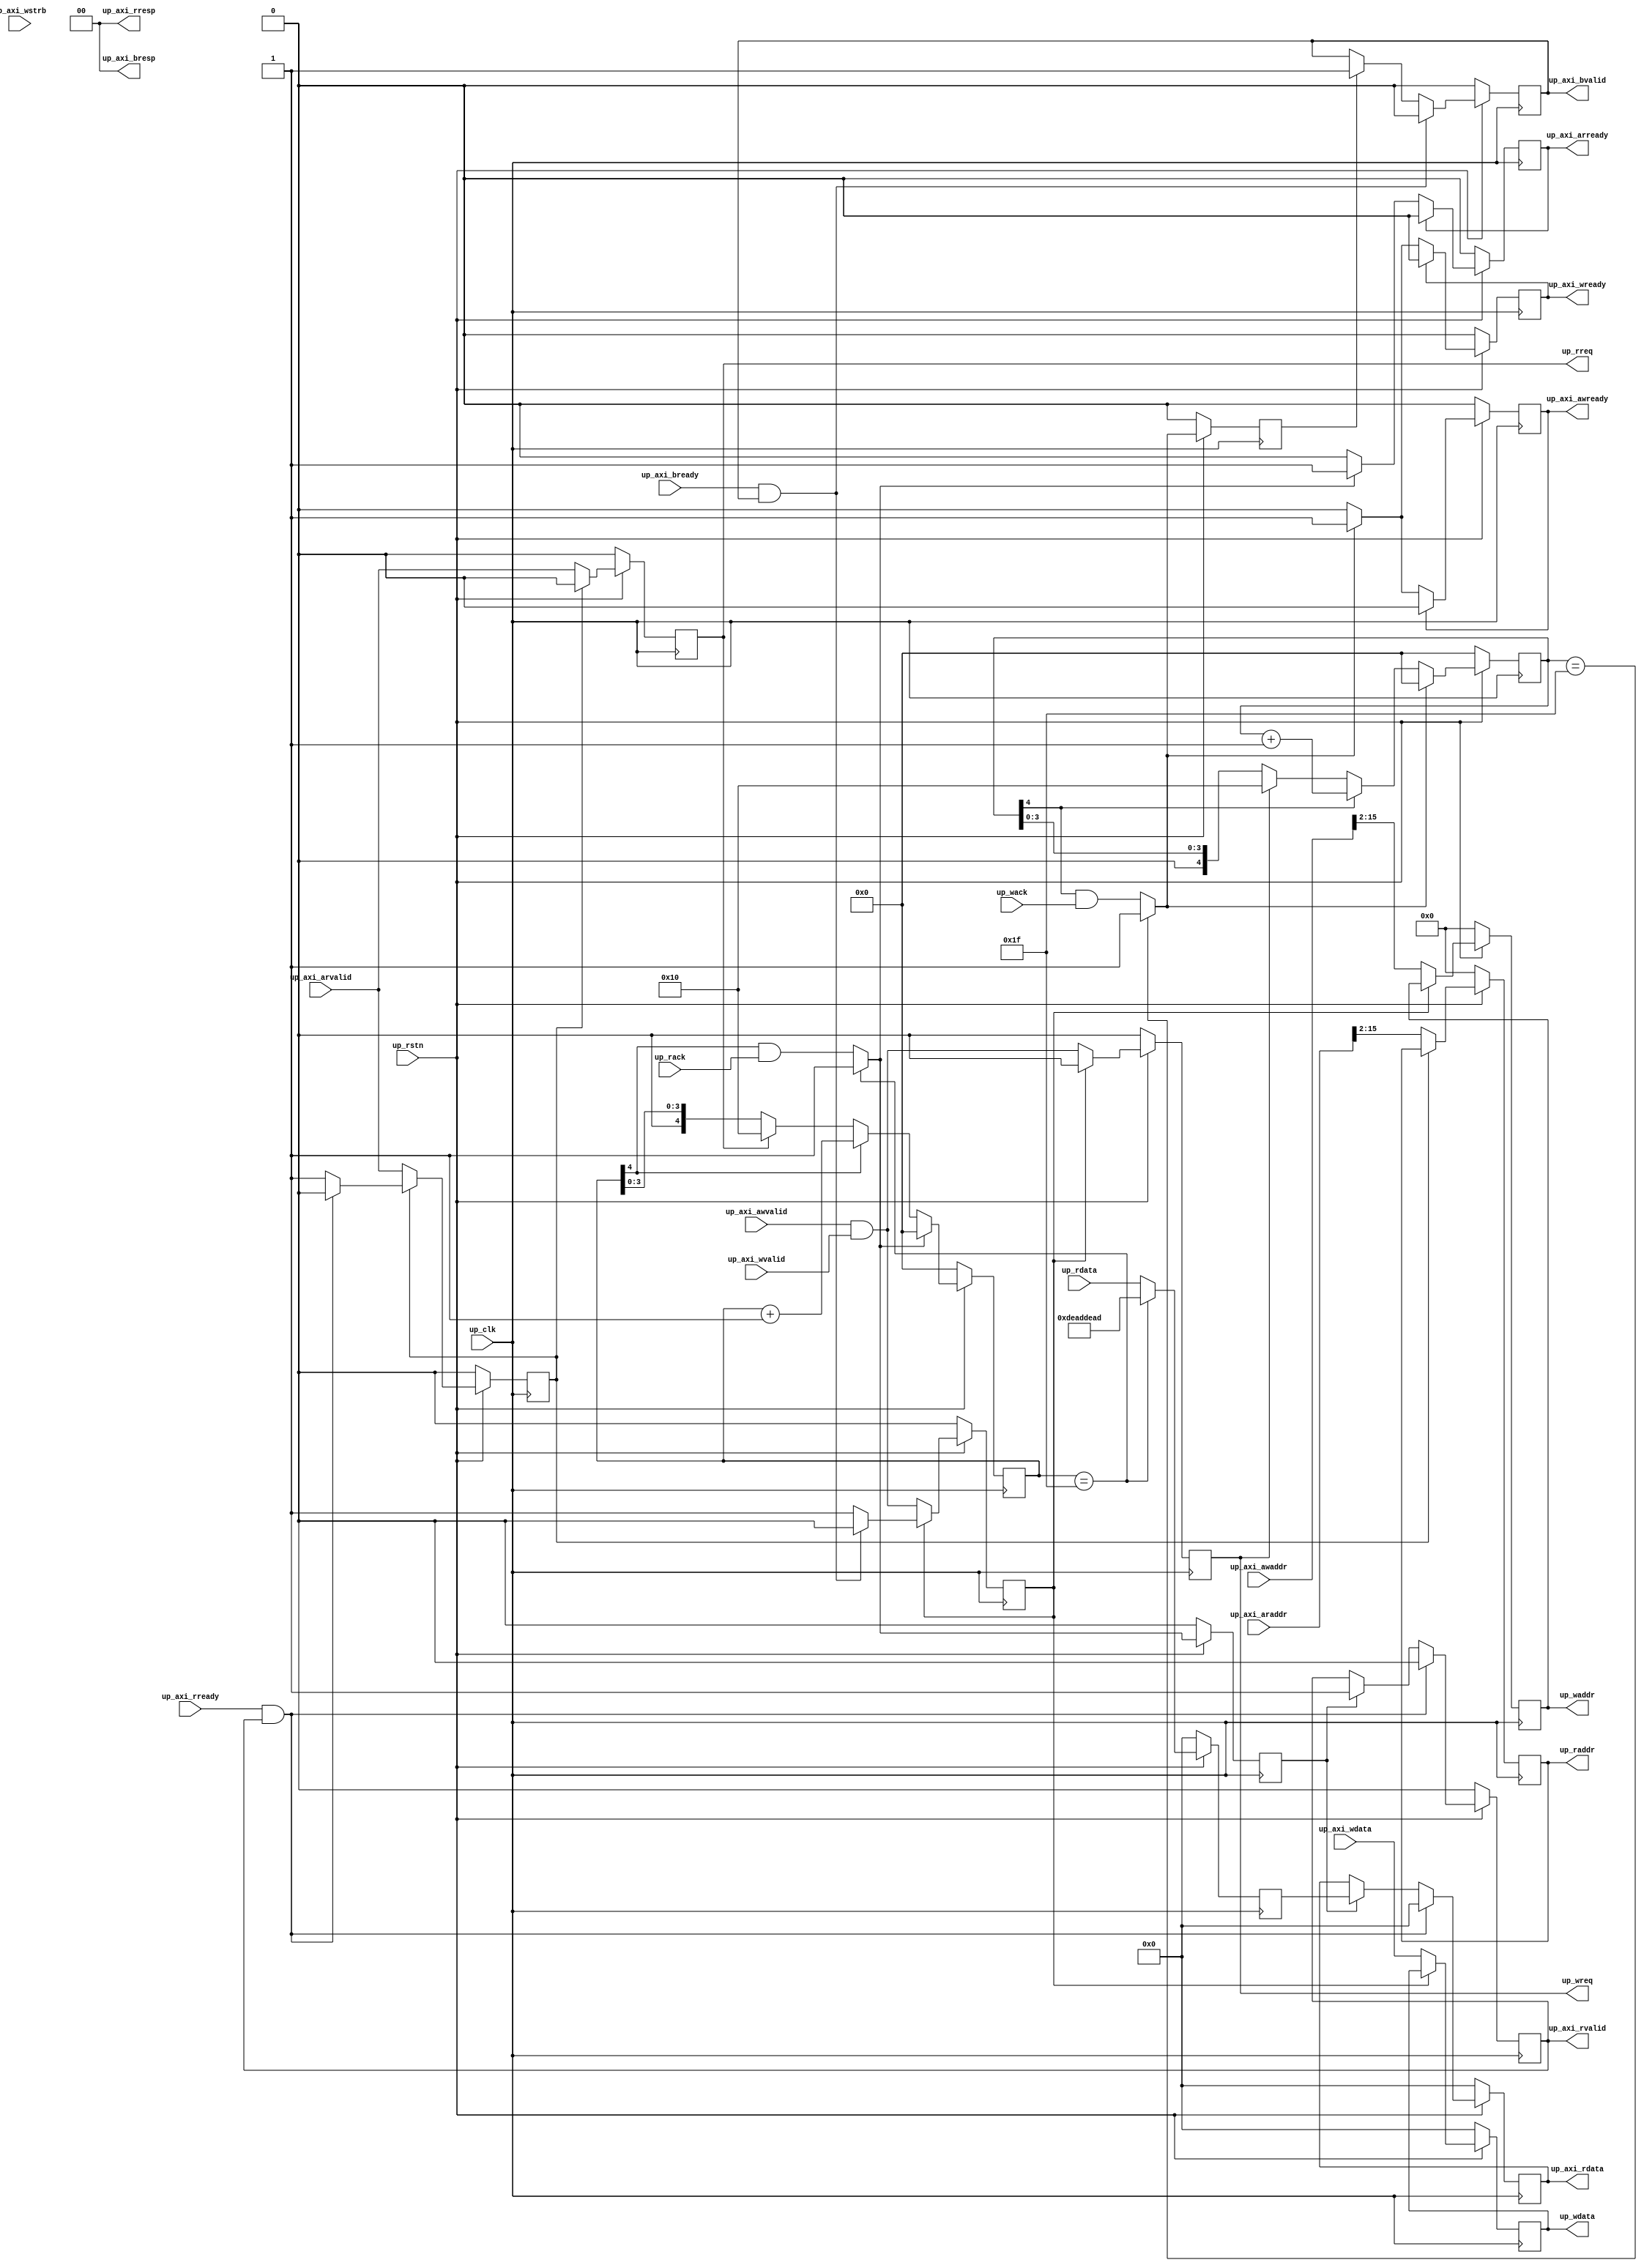
// *********************************************************************

`timescale 1ns/100ps

module up_axi #(

  parameter   AXI_ADDRESS_WIDTH = 16) (

  // reset and clocks

  input                             up_rstn,
  input                             up_clk,

  // axi4 interface

  input                             up_axi_awvalid,
  input   [(AXI_ADDRESS_WIDTH-1):0] up_axi_awaddr,
  output                            up_axi_awready,
  input                             up_axi_wvalid,
  input   [31:0]                    up_axi_wdata,
  input   [ 3:0]                    up_axi_wstrb,
  output                            up_axi_wready,
  output                            up_axi_bvalid,
  output  [ 1:0]                    up_axi_bresp,
  input                             up_axi_bready,
  input                             up_axi_arvalid,
  input   [(AXI_ADDRESS_WIDTH-1):0] up_axi_araddr,
  output                            up_axi_arready,
  output                            up_axi_rvalid,
  output  [ 1:0]                    up_axi_rresp,
  output  [31:0]                    up_axi_rdata,
  input                             up_axi_rready,

  // pcore interface

  output                            up_wreq,
  output  [(AXI_ADDRESS_WIDTH-3):0] up_waddr,
  output  [31:0]                    up_wdata,
  input                             up_wack,
  output                            up_rreq,
  output  [(AXI_ADDRESS_WIDTH-3):0] up_raddr,
  input   [31:0]                    up_rdata,
  input                             up_rack);

  // internal registers

  reg                               up_axi_awready_int = 'd0;
  reg                               up_axi_wready_int = 'd0;
  reg                               up_axi_bvalid_int = 'd0;
  reg                               up_wack_d = 'd0;
  reg                               up_wsel = 'd0;
  reg                               up_wreq_int = 'd0;
  reg     [(AXI_ADDRESS_WIDTH-3):0] up_waddr_int = 'd0;
  reg     [31:0]                    up_wdata_int = 'd0;
  reg     [ 4:0]                    up_wcount = 'd0;
  reg                               up_axi_arready_int = 'd0;
  reg                               up_axi_rvalid_int = 'd0;
  reg     [31:0]                    up_axi_rdata_int = 'd0;
  reg                               up_rack_d = 'd0;
  reg     [31:0]                    up_rdata_d = 'd0;
  reg                               up_rsel = 'd0;
  reg                               up_rreq_int = 'd0;
  reg     [(AXI_ADDRESS_WIDTH-3):0] up_raddr_int = 'd0;
  reg     [ 4:0]                    up_rcount = 'd0;

  // internal signals

  wire                              up_wack_s;
  wire                              up_rack_s;
  wire    [31:0]                    up_rdata_s;

  // write channel interface

  assign up_axi_awready = up_axi_awready_int;
  assign up_axi_wready = up_axi_wready_int;
  assign up_axi_bvalid = up_axi_bvalid_int;
  assign up_axi_bresp = 2'd0;

  always @(posedge up_clk) begin
    if (up_rstn == 1'b0) begin
      up_axi_awready_int <= 'd0;
      up_axi_wready_int <= 'd0;
      up_axi_bvalid_int <= 'd0;
    end else begin
      if (up_axi_awready_int == 1'b1) begin
        up_axi_awready_int <= 1'b0;
      end else if (up_wack_s == 1'b1) begin
        up_axi_awready_int <= 1'b1;
      end
      if (up_axi_wready_int == 1'b1) begin
        up_axi_wready_int <= 1'b0;
      end else if (up_wack_s == 1'b1) begin
        up_axi_wready_int <= 1'b1;
      end
      if ((up_axi_bready == 1'b1) && (up_axi_bvalid_int == 1'b1)) begin
        up_axi_bvalid_int <= 1'b0;
      end else if (up_wack_d == 1'b1) begin
        up_axi_bvalid_int <= 1'b1;
      end
    end
  end

  assign up_wreq = up_wreq_int;
  assign up_waddr = up_waddr_int;
  assign up_wdata = up_wdata_int;
  assign up_wack_s = (up_wcount == 5'h1f) ? 1'b1 : (up_wcount[4] & up_wack);

  always @(posedge up_clk) begin
    if (up_rstn == 1'b0) begin
      up_wack_d <= 'd0;
      up_wsel <= 'd0;
      up_wreq_int <= 'd0;
      up_waddr_int <= 'd0;
      up_wdata_int <= 'd0;
      up_wcount <= 'd0;
    end else begin
      up_wack_d <= up_wack_s;
      if (up_wsel == 1'b1) begin
        if ((up_axi_bready == 1'b1) && (up_axi_bvalid_int == 1'b1)) begin
          up_wsel <= 1'b0;
        end
        up_wreq_int <= 1'b0;
      end else begin
        up_wsel <= up_axi_awvalid & up_axi_wvalid;
        up_wreq_int <= up_axi_awvalid & up_axi_wvalid;
        up_waddr_int <= up_axi_awaddr[(AXI_ADDRESS_WIDTH-1):2];
        up_wdata_int <= up_axi_wdata;
      end
      if (up_wack_s == 1'b1) begin
        up_wcount <= 5'h00;
      end else if (up_wcount[4] == 1'b1) begin
        up_wcount <= up_wcount + 1'b1;
      end else if (up_wreq_int == 1'b1) begin
        up_wcount <= 5'h10;
      end
    end
  end

  // read channel interface

  assign up_axi_arready = up_axi_arready_int;
  assign up_axi_rvalid = up_axi_rvalid_int;
  assign up_axi_rdata = up_axi_rdata_int;
  assign up_axi_rresp = 2'd0;

  always @(posedge up_clk) begin
    if (up_rstn == 1'b0) begin
      up_axi_arready_int <= 'd0;
      up_axi_rvalid_int <= 'd0;
      up_axi_rdata_int <= 'd0;
    end else begin
      if (up_axi_arready_int == 1'b1) begin
        up_axi_arready_int <= 1'b0;
      end else if (up_rack_s == 1'b1) begin
        up_axi_arready_int <= 1'b1;
      end
      if ((up_axi_rready == 1'b1) && (up_axi_rvalid_int == 1'b1)) begin
        up_axi_rvalid_int <= 1'b0;
        up_axi_rdata_int <= 32'd0;
      end else if (up_rack_d == 1'b1) begin
        up_axi_rvalid_int <= 1'b1;
        up_axi_rdata_int <= up_rdata_d;
      end
    end
  end

  assign up_rreq = up_rreq_int;
  assign up_raddr = up_raddr_int;
  assign up_rack_s = (up_rcount == 5'h1f) ? 1'b1 : (up_rcount[4] & up_rack);
  assign up_rdata_s = (up_rcount == 5'h1f) ? {2{16'hdead}} : up_rdata;

  always @(posedge up_clk) begin
    if (up_rstn == 1'b0) begin
      up_rack_d <= 'd0;
      up_rdata_d <= 'd0;
      up_rsel <= 'd0;
      up_rreq_int <= 'd0;
      up_raddr_int <= 'd0;
      up_rcount <= 'd0;
    end else begin
      up_rack_d <= up_rack_s;
      up_rdata_d <= up_rdata_s;
      if (up_rsel == 1'b1) begin
        if ((up_axi_rready == 1'b1) && (up_axi_rvalid_int == 1'b1)) begin
          up_rsel <= 1'b0;
        end
        up_rreq_int <= 1'b0;
      end else begin
        up_rsel <= up_axi_arvalid;
        up_rreq_int <= up_axi_arvalid;
        up_raddr_int <= up_axi_araddr[(AXI_ADDRESS_WIDTH-1):2];
      end
      if (up_rack_s == 1'b1) begin
        up_rcount <= 5'h00;
      end else if (up_rcount[4] == 1'b1) begin
        up_rcount <= up_rcount + 1'b1;
      end else if (up_rreq_int == 1'b1) begin
        up_rcount <= 5'h10;
      end
    end
  end

endmodule

// *********************************************************************